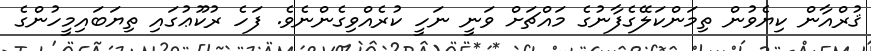
ޤުރްއާން ކިޔެވުން ތިމަންކަލޭގެފާނުގެ މައްޗަށް ވަނީ ނަހީ ކުރެއްވިގެންނެވެ. ފަހެ ރުކޫޢުގައި ތިޔަބައިމީހުންގެ